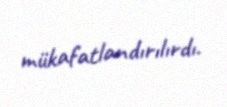
mükafatlandırılırdı.